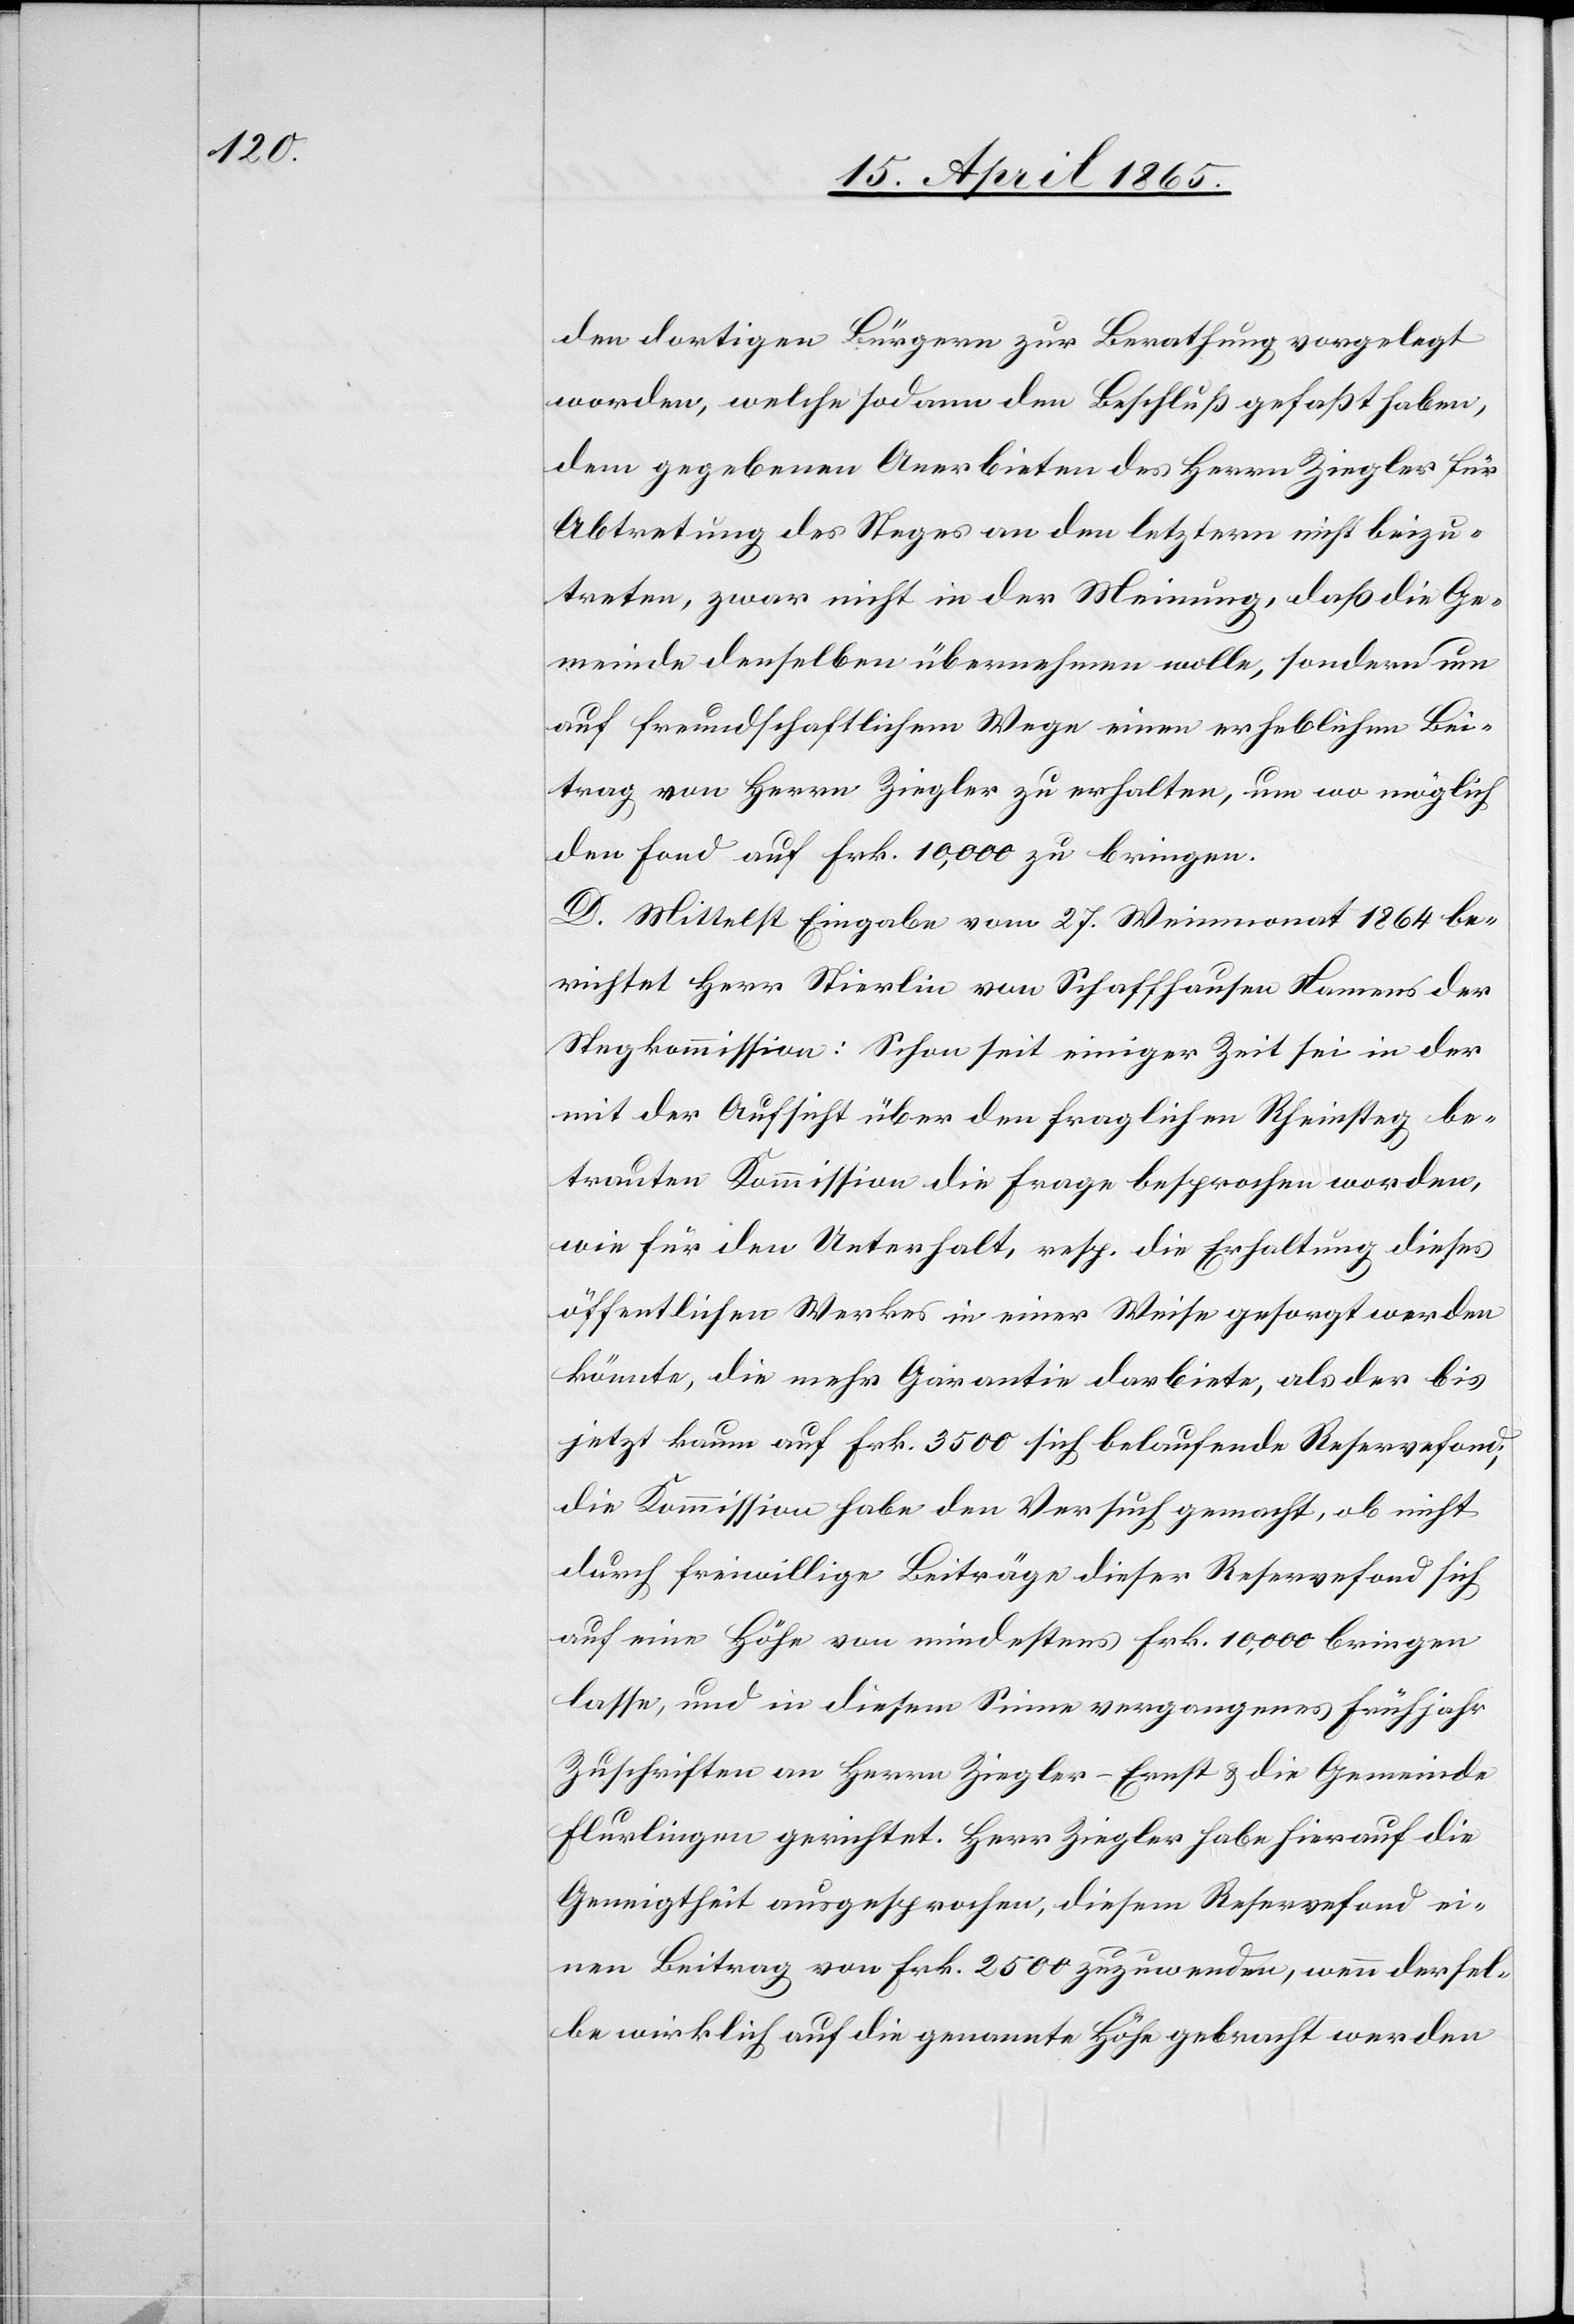
den dortigen Bürgern zur Berathung vorgelegt
worden, welche sodann den Beschluß gefaßt haben,
dem gegebenen Anerbieten des Herrn Ziegler für
Abtretung des Steges an den letztern nicht beizu¬
treten, zwar nicht in der Meinung, daß die Ge¬
meinde denselben übernehmen wolle, sondern um
auf freundschaftlichem Wege einen erheblichen Bei¬
trag von Herrn Ziegler zu erhalten, um wo möglich
den Fond auf Frk. 10,000 zu bringen.
D. Mittelst Eingabe vom 27. Weinmonat 1864 be¬
richtet Herr Stierlin von Schaffhausen Namens der
Stegkommission: Schon seit einiger Zeit sei in der
mit der Aufsicht über den fraglichen Rheinsteg be¬
trauten Kommission die Frage besprochen worden,
wie für den Unterhalt, resp. die Erhaltung dieses
öffentlichen Werkes in einer Weise gesorgt werden
könnte, die mehr Garantie darbiete, als der bis
jetzt kaum auf Frk. 3500 sich belaufende Reservefond;
die Kommission habe den Versuch gemacht, ob nicht
durch freiwillige Beiträge dieser Reservefond sich
auf eine Höhe von mindestens Frk. 10,000 bringen
lasse, und in diesem Sinne vergangenes Frühjahr
Zuschriften an Herrn Ziegler-Ernst & die Gemeinde
Flurlingen gerichtet. Herr Ziegler habe hierauf die
Geneigtheit ausgesprochen, diesem Reservefond ei¬
nen Beitrag von Frk. 2500 zuzuwenden, wenn dersel¬
be wirklich auf die genannte Höhe gebracht werden